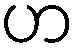
ဟ